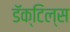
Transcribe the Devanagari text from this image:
डॅक्टिल्स